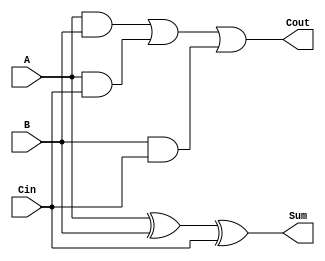
`timescale 1ns / 1ps

module FA(
    A,
    B,
    Cin,
    Sum,
    Cout
    );
    
    input A;
    input B;
    input Cin;
    output Sum;
    output Cout;

    assign Sum = A ^ B ^ Cin;   //bitwise XOR
    assign Cout = (A & B) | (A & Cin) | (B & Cin); 
endmodule